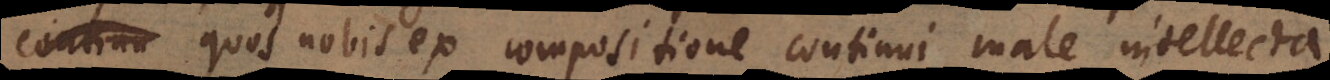
quos nobis ex compositione continui male intellecta